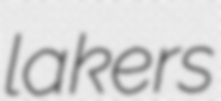
lakers